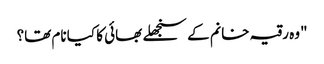
"وہ رقیہ خانم کے سنجھلے بھائی کا کیا نام تھا؟